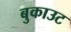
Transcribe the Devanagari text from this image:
बुकाउट